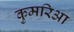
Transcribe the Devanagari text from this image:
कुमरिआ